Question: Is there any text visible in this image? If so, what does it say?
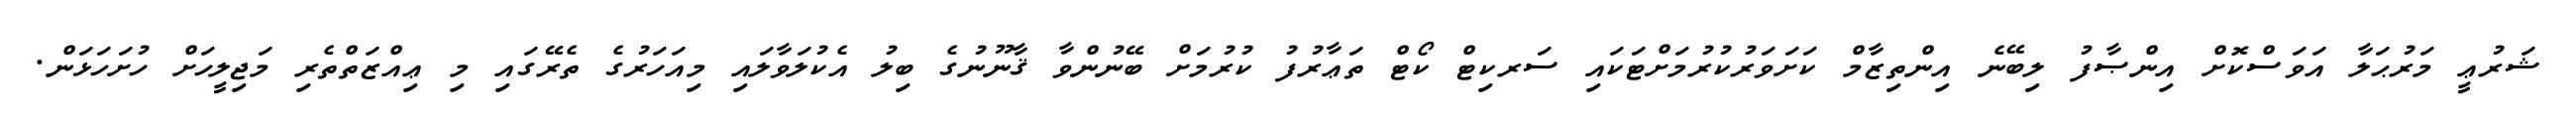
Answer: ޝަރުޢީ މަރުޙަލާ އަވަސްކޮށް އިންޞާފު ލިބޭނެ އިންތިޒާމް ކަށަވަރުކުރުމަށްޓަކައި ސަރކިޓް ކޯޓް ތަޢާރުފު ކުރުމަށް ބޭނުންވާ ޤާނޫނުގެ ބިލު އެކުލަވާލައި މިއަހަރުގެ ތެރޭގައި މި ޢިއްޒަތްތެރި މަޖިލީހަށް ހުށަހަޅަން.